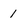
Character: 1